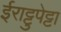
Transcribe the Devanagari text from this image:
ईराट्टुपेट्टा